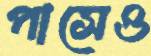
পাসেও